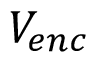
V _ { e n c }